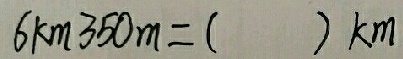
6 k m 3 5 0 m = ( ) k m